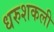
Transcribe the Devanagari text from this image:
धरुशकली